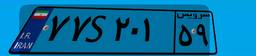
۳۷S۶۸۴۲۹